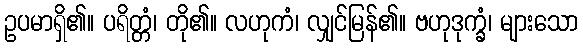
ဥပမာရှိ၏။ ပရိတ္တံ၊ တို၏။ လဟုကံ၊ လျှင်မြန်၏။ ဗဟုဒုက္ခံ၊ များသော